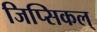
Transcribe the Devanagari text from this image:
जिप्सिकल्